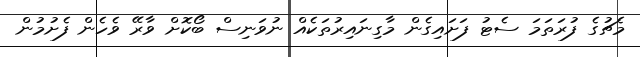
މެޗުގެ ފުރަތަމަ ސެޓު ފަށައިގެން މާގިނައިރުތަކެއް ނުވަނިސް ބޯކޮށް ވާރޭ ވެހެން ފެށުމުން